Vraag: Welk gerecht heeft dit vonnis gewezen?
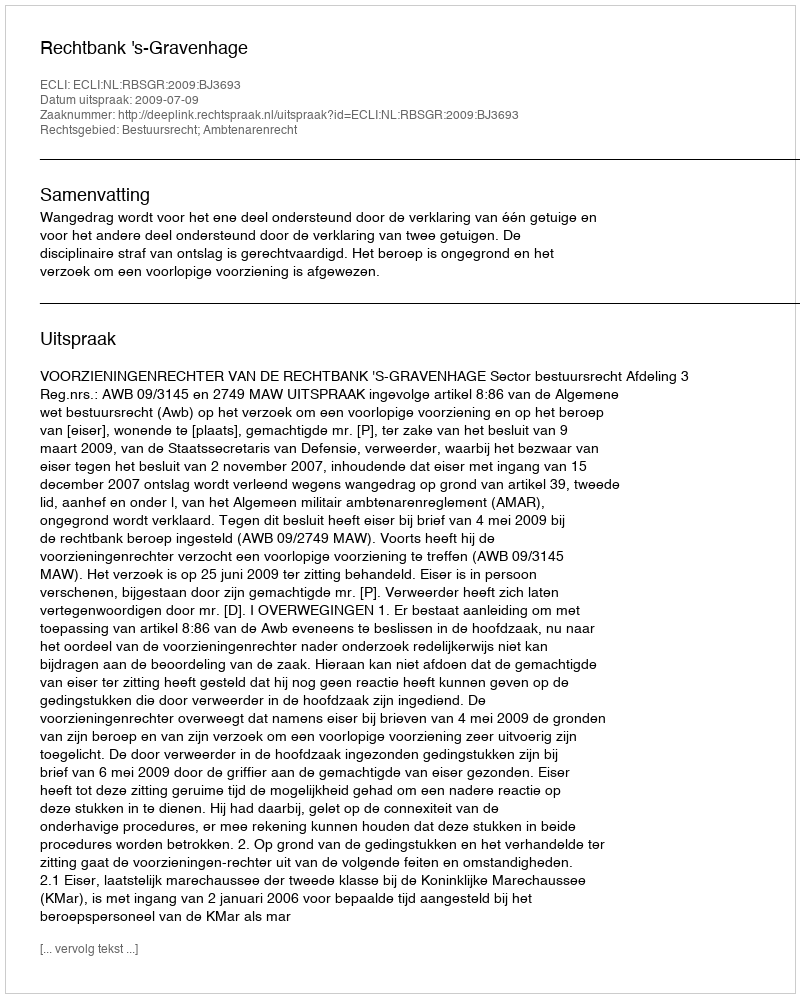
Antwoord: Rechtbank 's-Gravenhage